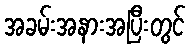
အခမ်းအနားအပြီးတွင်